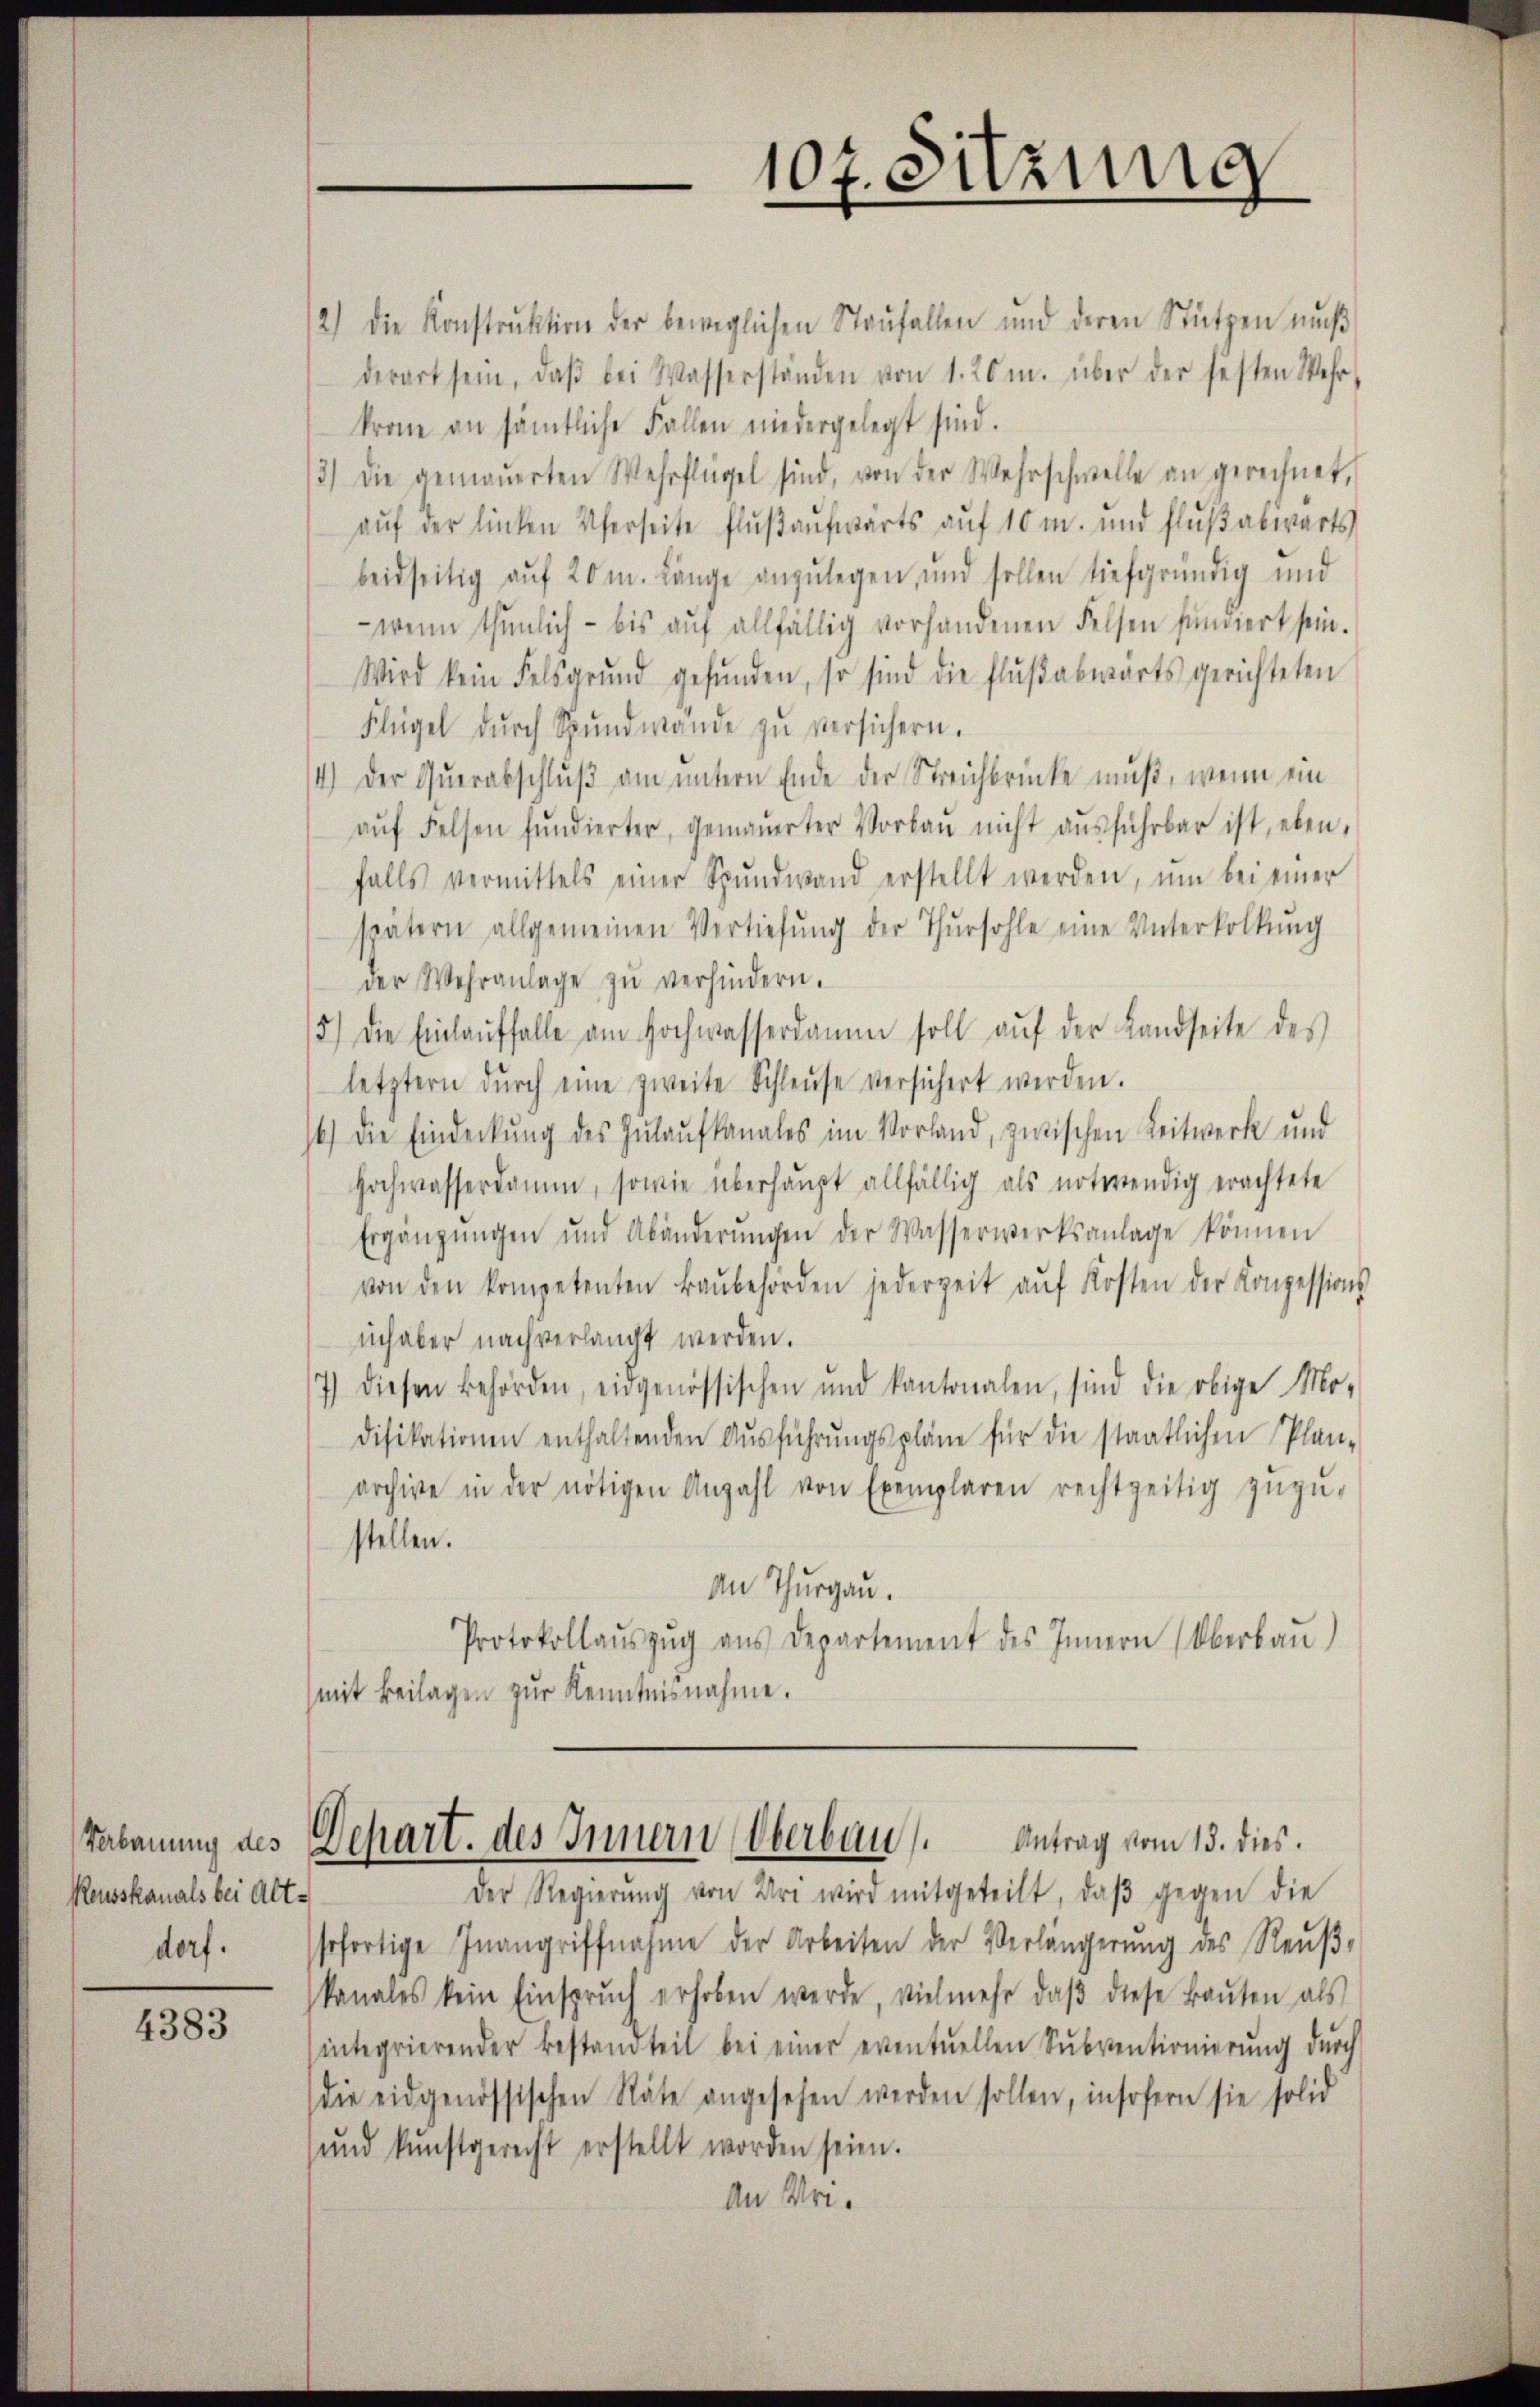
Verbauung des
Reusskanals bei Alt-
dorf.

4383

2) die Konstrŭktion der beweglichen Staŭfallen und deren Stützen mŭβ
derart sein, daβ bei Wasserständen von 1. 26 m. über der festen Wehr,
krone an sämtliche Fallen niedergelegt sind.
3.) Die gemauerten Wehrflügel sind, von der Wehrschwelle an gerechnet,
auf der linken Uferseite Flußaufwärts auf 10 m. und Flußabwarts
beidseitig auf 20 m. Länge anzulegen, und sollen tiefgründig und
wenn thŭnlich - bis aŭf allfällig vorhandenen Felsen fundiert sein.
Wird kein Felsgrŭnd gefŭnden, so sind die Flŭβabwärts gerichteten
Flügel dŭrch Spŭndwande zŭ versichern.
4.) Der Qŭerabschlŭβ am untern Ende der Streichbrücke muß, wenn ein
aŭf Felsen fundierter, gemaŭerter Vorbaŭ nicht aŭsführbar ist, eben,
falls vermittels einer Spŭndwand erstellt werden, um bei einer
spätern allgemeinen Vertiefŭng der Thŭrsohle eine Unterkolkŭng
der Wehranlage zŭ verhindern.
5) Die Einlaŭffalle am Hochwasserdamm soll aŭf der Landseite des
letztern dŭrch eine zweite Schleuse versichert werden.
b.) Die Eindeckŭng des Zŭlaŭfkanales im Vorland, zwischen Leitwerk und
Hochwasserdam, sowie überhaupt allfällig als notwendig erachtete
Ergänzŭngen und Abänderŭngen der Wasserwerksanlage können
von den kompetenten Baŭbehörden jederzeit aŭf Kosten der Konzessions-
inhaber nach verlangt werden.
7) diesen Behörden, eidgenössischen und kantonalen, sind die obige Mo-
difikationen enthaltenden Aŭsführŭngspläne für die staatlichen Plan-
archive in der nötigen Anzahl von Exemplaren rechtzeitig zŭzŭ-
stellen.
an Thurgau.
Protokollaŭszŭg ans Departement des Innern (Oberbaŭ)
(mit Beilagen zur Kenntnisnahme.

107. Sitzung

Dchart. des Innern Oberbau Antrag vom 15. dies

Der Regierŭng von Uri wird mitgeteilt, daβ gegen die
sofortige Inangriffnahme der Arbeiten der Verlängerŭng des Reŭβ-
kanales kein Einsprŭch erhoben werde, vielmehr, daβ diese Baŭten als
integrierender Bestandteil bei einer eventuellen Sŭbventionierŭng dŭrch
die eidgenössischen Räte angesehen werden sollen, insofern sie solid
ŭnd kunstgerecht erstellt worden seien.
An Ver¬